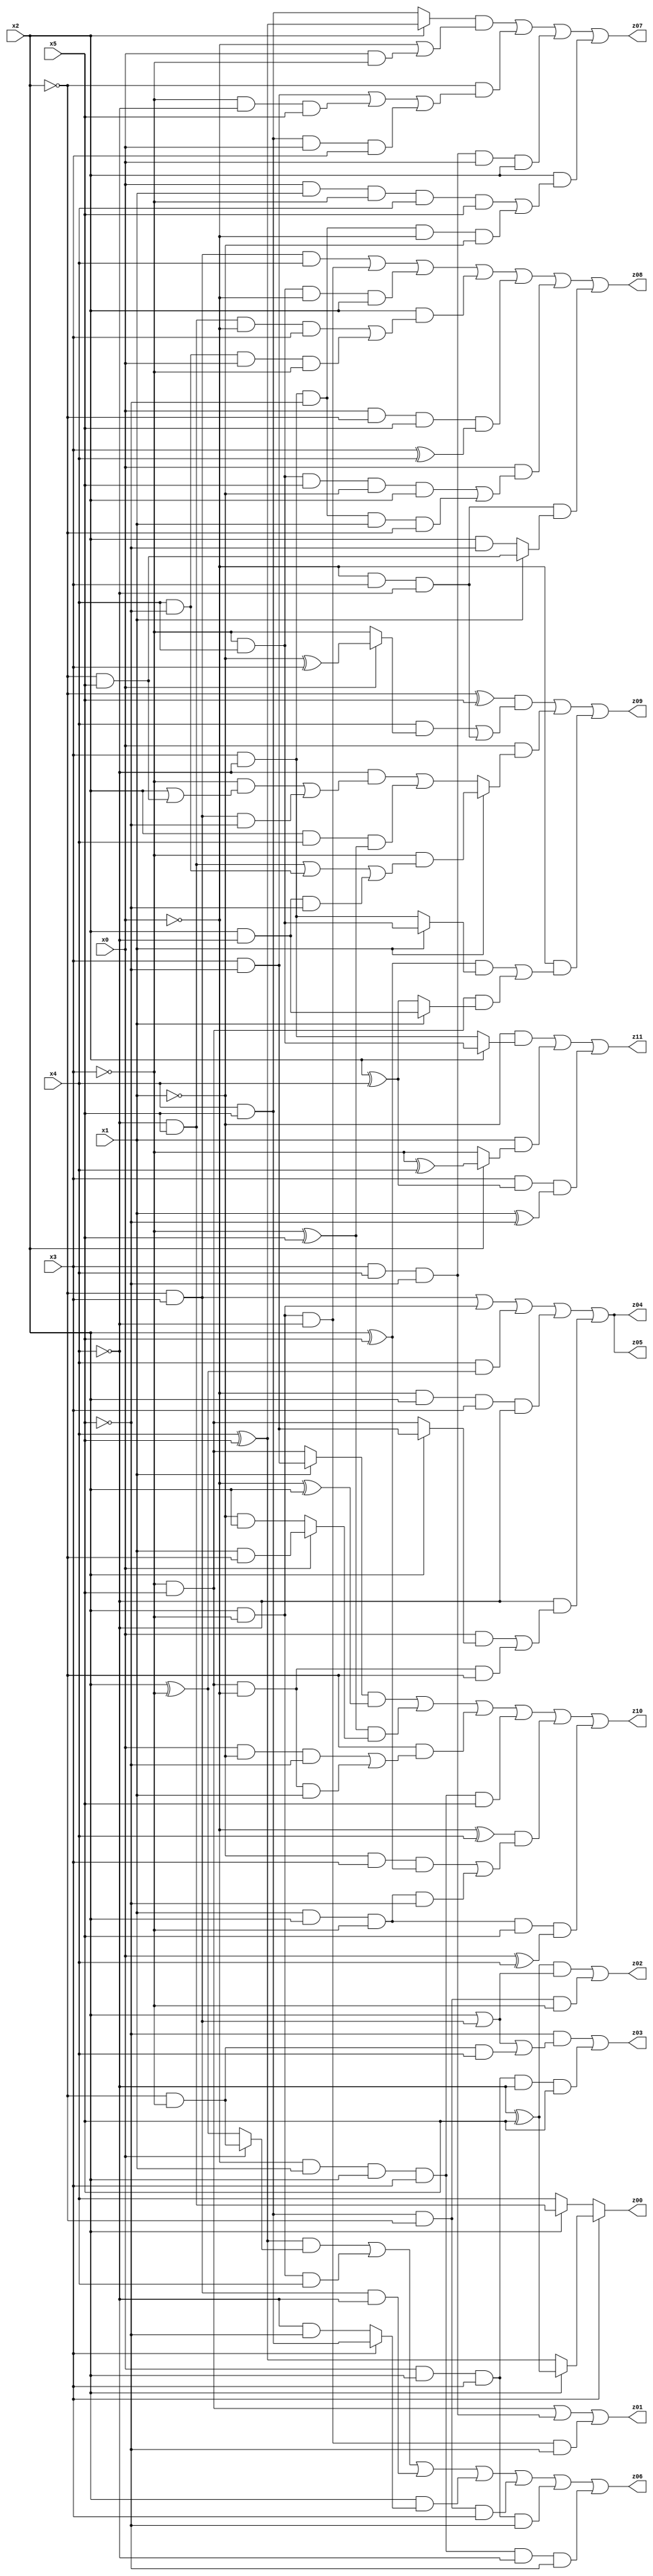
// Benchmark "X_17" written by ABC on Fri Jun 02 03:30:35 2023

module X_17 ( 
    x0, x1, x2, x3, x4, x5,
    z00, z01, z02, z03, z04, z05, z06, z07, z08, z09, z10, z11  );
  input  x0, x1, x2, x3, x4, x5;
  output z00, z01, z02, z03, z04, z05, z06, z07, z08, z09, z10, z11;
  assign z00 = x3 ? (x2 ? (~x4 ^ x5) : (x4 ^ x5)) : (x2 ? (~x4 & x5) : x4);
  assign z01 = (~x3 & x5) | (x3 & x4 & ~x5) | (x2 & ~x3 & ~x4 & ~x5);
  assign z02 = ((~x4 ^ x5) & (x2 | (~x2 & x3))) | (x4 & x5 & ~x2 & ~x3);
  assign z03 = (~x5 & (x2 | (~x2 & x3) | (~x2 & ~x3 & x4))) | (x0 & x2 & x3 & ~x4 & x5);
  assign z04 = (~x2 & x3) | (x2 & ~x3) | (x4 & (x2 ^ ~x3)) | (~x0 & x2 & x3 & ~x4) | (~x4 & ((x0 & (x2 ? (x3 & ~x5) : (~x3 & x5))) | (~x3 & x5 & ~x0 & ~x2)));
  assign z05 = (~x2 & x3) | (x2 & ~x3) | (x4 & (x2 ^ ~x3)) | (~x0 & x2 & x3 & ~x4) | (~x4 & ((x0 & (x2 ? (x3 & ~x5) : (~x3 & x5))) | (~x3 & x5 & ~x0 & ~x2)));
  assign z06 = ((x4 ^ x5) & (x0 ? (~x2 & ~x3) : (x2 ^ ~x3))) | (x2 & ~x3 & x4) | (~x2 & x3 & ~x4) | (x2 & (x3 ? (x4 & x5) : (~x4 & ~x5))) | (x4 & x5 & ~x2 & x3) | (x0 & x2 & x3 & ~x5) | (~x0 & x1 & x2 & x3 & ~x4 & ~x5);
  assign z07 = ((x2 ? (x4 ^ x5) : (x4 & x5)) & (~x0 | (x0 & ~x3))) | (~x2 & ((x3 & ~x5) | (~x3 & ~x4 & x5) | (x4 & x5 & x0 & x3))) | (x3 & x4 & ~x5 & x0 & x2) | (x2 & ((x0 & x1 & ~x3 & x4 & x5) | (x3 & ~x4 & ~x5 & ~x0 & ~x1)));
  assign z08 = (~x2 & x3 & x4) | (x2 & ~x3 & ~x4) | (~x3 & x4 & ~x0 & x2) | (x2 & ((~x4 & x5 & ~x0 & x3) | (x4 & ~x5 & x0 & ~x3))) | (x0 & ~x2 & x5 & (x3 ^ x4)) | (x0 & ((~x3 & x4 & x5 & ~x1 & x2) | (x3 & ~x4 & ~x5 & x1 & ~x2))) | (~x0 & x3 & ~x4 & (x1 ? (~x2 & x5) : (x2 & ~x5)));
  assign z09 = ((~x2 ^ x5) & ((x4 & (x0 ? (~x1 ^ x3) : ~x3)) | (~x0 & x3 & ~x4))) | (x0 & (x1 ? (~x3 & ((~x4 & x5) | (x4 & ~x5) | (x2 & ~x4 & ~x5))) : ((~x4 & ((~x3 & (x2 | (~x2 & x5))) | (~x2 & x3 & ~x5))) | (x2 & x4 & (~x3 ^ x5))))) | (~x0 & (((x2 ^ x5) & (x1 ? (~x3 & x4) : (x3 & ~x4))) | (~x3 & x5 & (x1 ? (x2 & ~x4) : (x2 ^ x4)))));
  assign z10 = ((x1 ? (x3 & ~x5) : (~x3 & x5)) & (~x0 ^ x2)) | ((~x3 ^ x5) & (x0 ? (x1 & ~x2) : (~x1 & x2))) | (~x2 & ((x0 & ~x1 & ~x5) | (~x3 & x5 & ~x0 & x1))) | (~x0 & x1 & x2 & x3 & x5) | ((~x0 ^ x4) & ((~x1 & x3 & (x2 ^ x5)) | (x1 & x2 & ~x3 & ~x5))) | (x1 & x2 & ~x3 & x5 & (x0 ^ x4));
  assign z11 = (~x1 & (x2 ? (~x3 & x4) : (x3 & ~x4))) | (x1 & (x2 ? (~x3 ^ x4) : ~x3)) | (x3 & (x2 ^ x4) & (x1 ^ ~x5));
endmodule